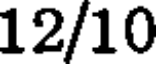
12/10